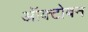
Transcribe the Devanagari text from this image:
ऑक्टोबन